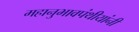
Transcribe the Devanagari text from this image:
महानुभावपंथीयांनी